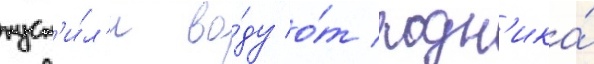
пуст'и́л'и во́ду о́т родн'ика́